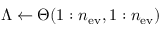
\Lambda \leftarrow \Theta ( 1 : n _ { \mathrm { e v } } , 1 : n _ { \mathrm { e v } } )